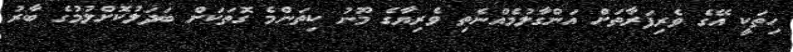
ހިތަކީ އޭގެ ވެރިފަރާތަށް އަންގާލުމެއްނެތި ވެރިޔާގެ މޫނު ކިތަންމެ ގޮތަކަށް ބަދަލުކޮށްލުމުގެ ބާރު